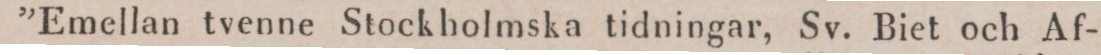
”Emellan tvenne Stockholmska tidningar, Sv. Biet och Af-